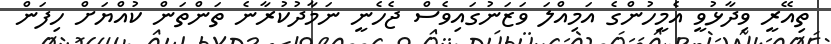
ތިއޭރީ ވިދާޅުވީ އެމީހުންގެ އަމިއްލަ ވަޒަނުގައިވެސް ޖެހެނީ ނަމާދުކުރާނެ ތަންތަން ކުއްޔަށް ހިފަން